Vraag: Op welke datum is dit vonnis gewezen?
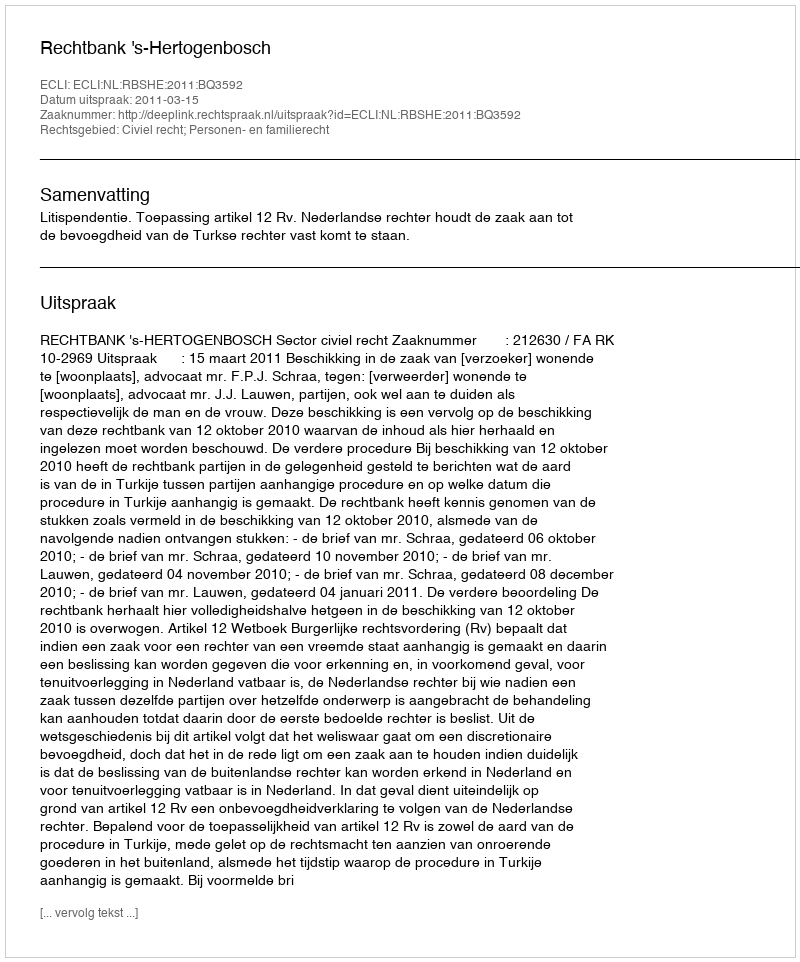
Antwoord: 2011-03-15